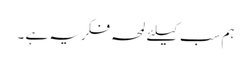
ہم سب کیلئے لمحہ فکریہ ہے ۔